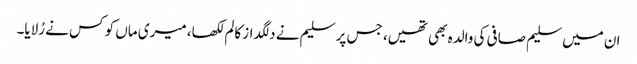
ان میں سلیم صافی کی والدہ بھی تھیں، جس پر سلیم نے دلگداز کالم لکھا، میری ماں کو کس نے رُلایا۔